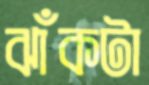
ঝাঁকটা